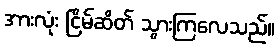
အားလုံး ငြိမ်ဆိတ် သွားကြလေသည်။